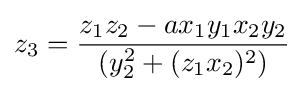
z_{3}={\frac {z_{1}z_{2}-ax_{1}y_{1}x_{2}y_{2}}{(y_{2}^{2}+(z_{1}x_{2})^{2})}}